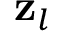
\mathbf { z } _ { l }